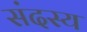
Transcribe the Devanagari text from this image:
संदस्य